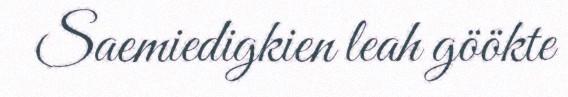
Saemiedigkien leah göökte